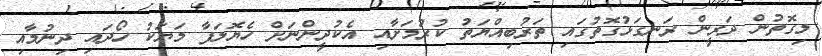
މިގޮތުން ދަރީން ރަނގަޅުގޮތުގައި ތަރުބިއްޔަތު ކުރުމަށާއި އެކުދީންނަށް ހެޔޮލަފާ މަޔަކު ހޯދައި ދިނުމާއި